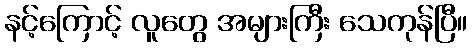
နင့်ကြောင့် လူတွေ အများကြီး သေကုန်ပြီ။